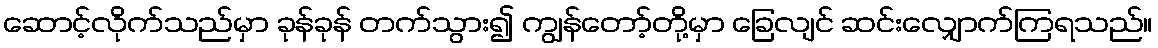
ဆောင့်လိုက်သည်မှာ ခုန်ခုန် တက်သွား၍ ကျွန်တော့်တို့မှာ ခြေလျင် ဆင်းလျှောက်ကြရသည်။